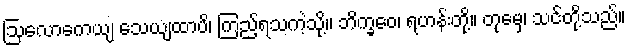
ဩလောကေယျ သေယျထာပိ၊ ကြည့်ရသကဲ့သို့။ ဘိက္ခဝေ၊ ရဟန်းတို့။ တုမှေ၊ သင်တို့သည်။